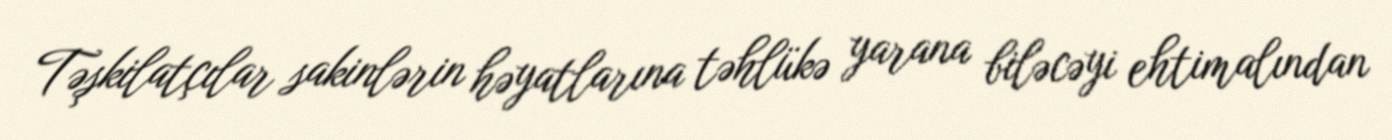
Təşkilatçılar sakinlərin həyatlarına təhlükə yarana biləcəyi ehtimalından